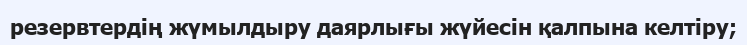
резервтердің жүмылдыру даярлығы жүйесін қалпына келтіру;